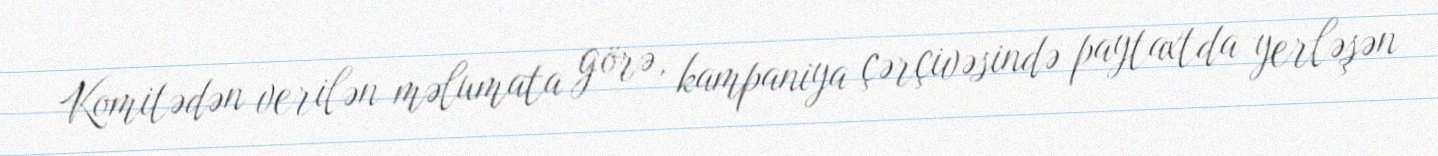
Komitədən verilən məlumata görə, kampaniya çərçivəsində paytaxtda yerləşən